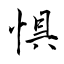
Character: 惧